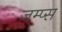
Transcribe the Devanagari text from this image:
जम्प्स